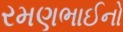
રમણભાઈનો